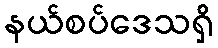
နယ်စပ်ဒေသရှိ